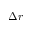
\Delta r